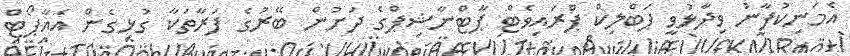
އެމަނިކުފާނު ވިދާޅުވީ ޕަބްލިކް ޕްރައިވެޓް ޕާޓްނާޝިޕްގެ ދަށުން ބޭރުގެ ފަރާތަކާ ގުޅިގެން އެއާޕޯޓް